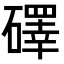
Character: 礋